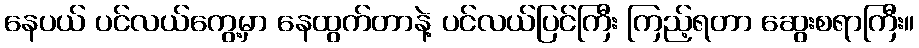
နေပယ် ပင်လယ်ကွေ့မှာ နေထွက်တာနဲ့ ပင်လယ်ပြင်ကြီး ကြည့်ရတာ ဆွေးစရာကြီး။